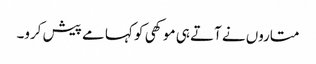
متاروں نے آتے ہی موکھی کو کہا مے پیش کرو۔